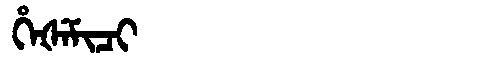
Manchu: ᡥᡝᡧᡝᠮᡳᠴᡳ
Romanization: HEŠEMICI